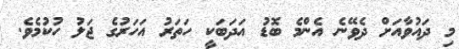
މި ދައުވާއަށް ދެވޭނެ އެންމެ ބޮޑު އަދަބަކީ ހަތަރު އަހަރުގެ ޖަލު ހުކުމެވެ.